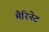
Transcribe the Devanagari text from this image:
मैरिनेट